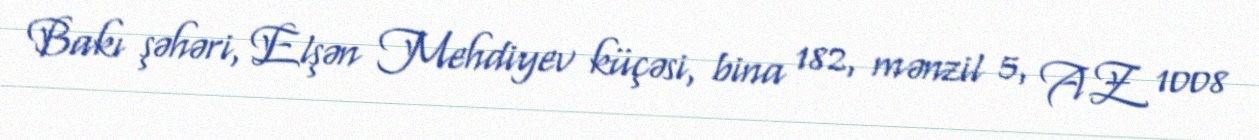
Bakı şəhəri, Elşən Mehdiyev küçəsi, bina 182, mənzil 5, AZ 1008